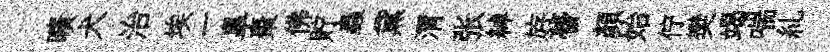
曠犬治埃一臯棗佛貯蟲黛渭张綽斿瞢顏始佇樊竭喘糺